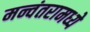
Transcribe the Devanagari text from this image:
मन्वंतरामध्ये